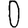
Digit: 0